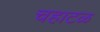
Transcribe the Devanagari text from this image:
चहाटळ